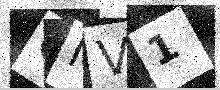
Text: CMV1